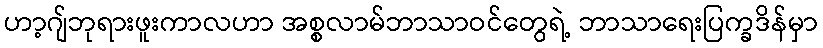
ဟာ့ဂျ်ဘုရားဖူးကာလဟာ အစ္စလာမ်ဘာသာဝင်တွေရဲ့ ဘာသာရေးပြက္ခဒိန်မှာ